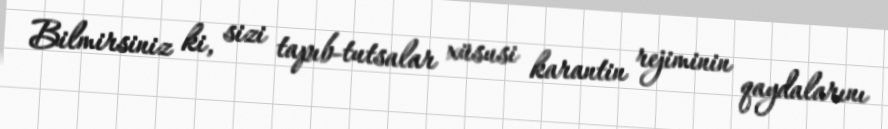
Bilmirsiniz ki, sizi tapıb-tutsalar xüsusi karantin rejiminin qaydalarını